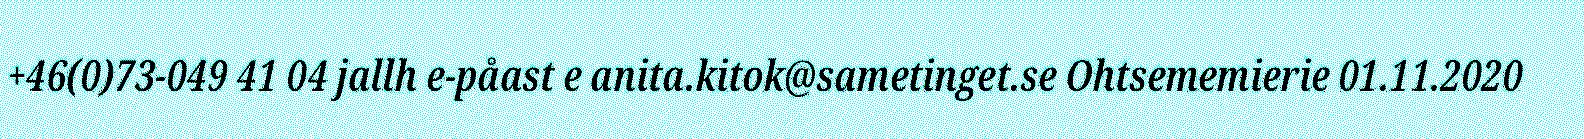
+46(0)73-049 41 04 jallh e-påast e anita.kitok@sametinget.se Ohtsememierie 01.11.2020